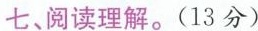
七、阅读理解。(13分)